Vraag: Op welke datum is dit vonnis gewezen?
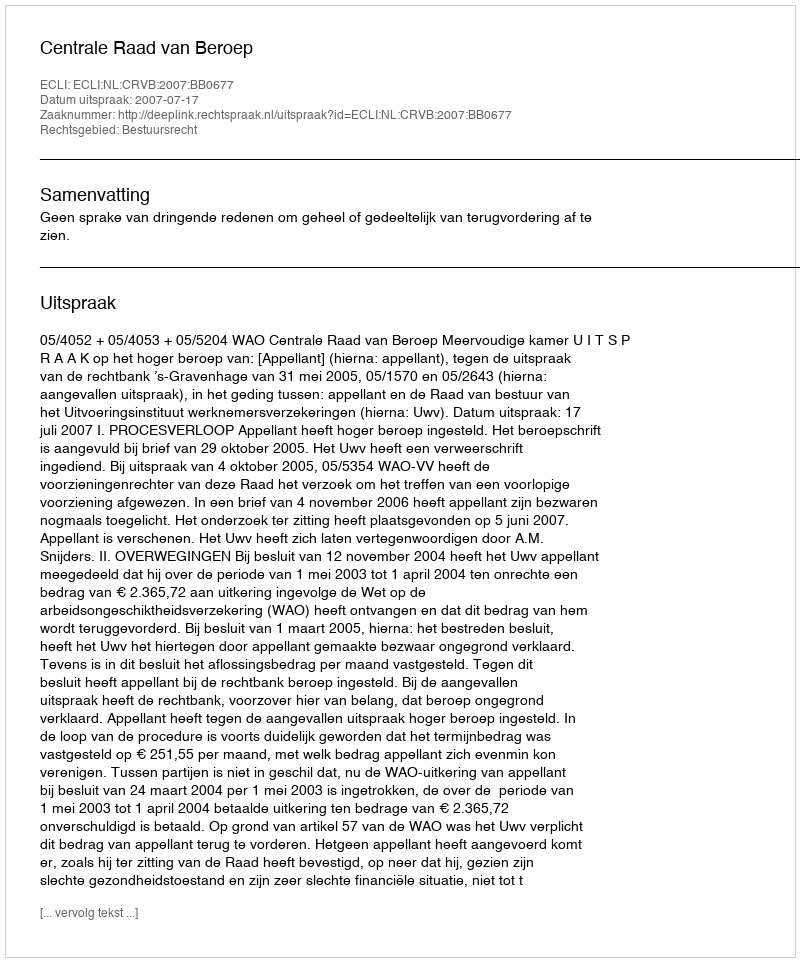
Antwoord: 2007-07-17